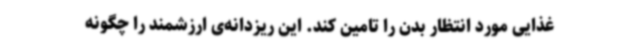
غذایی مورد انتظار بدن را تامین کند. این ریزدانه‌ی ارزشمند را چگونه